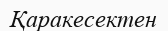
Қаракесектен